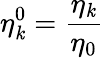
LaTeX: \eta_{\mathit{k}}^{0}=\frac{{\eta_{\mathit{k}}}}{{\eta_{0}}}